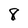
Character: 8